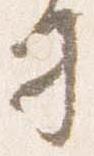
司